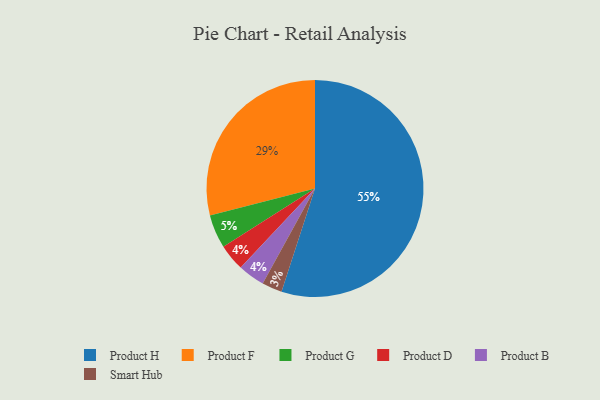
{"axis": {"x": "Category", "y": "Percentage"}, "legend": ["Product B", "Product D", "Product F", "Product G", "Product H", "Smart Hub"], "data": [{"x": "Product D", "y": 4, "type": "Product D"}, {"x": "Product B", "y": 4, "type": "Product B"}, {"x": "Product H", "y": 55, "type": "Product H"}, {"x": "Smart Hub", "y": 3, "type": "Smart Hub"}, {"x": "Product F", "y": 29, "type": "Product F"}, {"x": "Product G", "y": 5, "type": "Product G"}]}